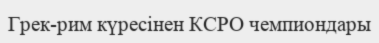
Грек-рим күресінен КСРО чемпиондары